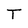
Character: T